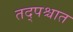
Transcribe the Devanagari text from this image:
तद्पश्चात